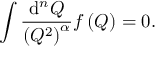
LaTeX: \int \frac { \mathrm { d } ^ { n } Q } { \left( Q ^ { 2 } \right) ^ { \alpha } } f \left( Q \right) = 0 .